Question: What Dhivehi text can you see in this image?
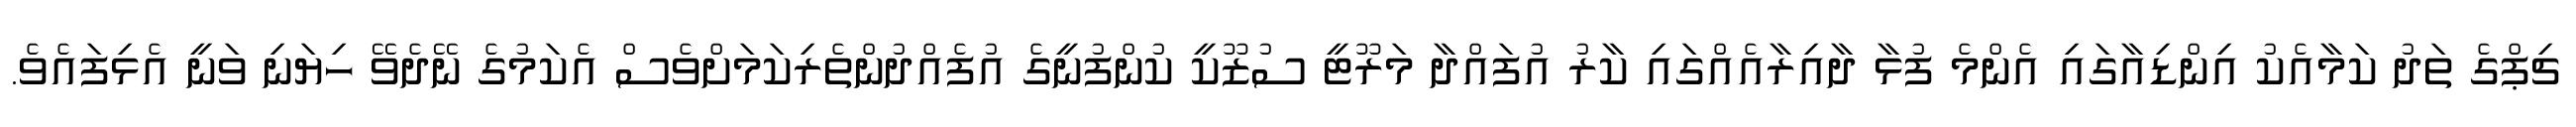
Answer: ޗިޕްގެ ތަދު ކަމާއެކު އިންޑިއާގައި އެންމެ ފުޅާ ދާއިރާއެއްގައި ކާރު އުފައްދާ މަރޫޓީ ސުޒޫކީ ކުންފުނީގެ އުފެއްދުންތެރިކަމަށްވެސް އެކަމުގެ ނޭދެވޭ ހިޔަނި ވަނީ އެޅިފައެވެ.